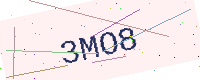
Text: 3MO8